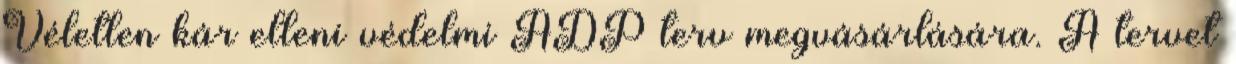
Véletlen kár elleni védelmi ADP terv megvásárlására. A tervet